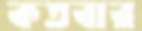
কতবার